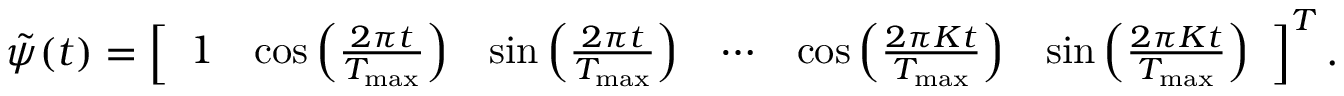
\begin{array} { r } { \Tilde { \psi } ( t ) = \left[ \begin{array} { l l l l l l } { 1 } & { \cos { \left( \frac { 2 \pi t } { T _ { \mathrm { m a x } } } \right) } } & { \sin { \left( \frac { 2 \pi t } { T _ { \mathrm { m a x } } } \right) } } & { \cdots } & { \cos { \left( \frac { 2 \pi K t } { T _ { \mathrm { m a x } } } \right) } } & { \sin { \left( \frac { 2 \pi K t } { T _ { \mathrm { m a x } } } \right) } } \end{array} \right] ^ { T } . } \end{array}